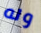
وله